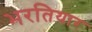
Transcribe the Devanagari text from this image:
भरतियार